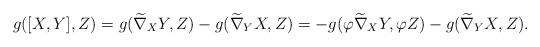
LaTeX: \begin{align*}g([X,Y],Z)=g(\widetilde\nabla_{X}Y,Z)-g(\widetilde\nabla_{Y}X,Z)=-g(\varphi\widetilde\nabla_{X}Y,\varphi Z)-g(\widetilde\nabla_{Y}X, Z).\end{align*}